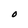
Character: O